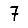
Digit: 7